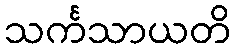
သင်္ကသာယတိ